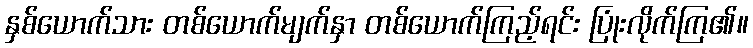
နှစ်ယောက်သား တစ်ယောက်မျက်နှာ တစ်ယောက်ကြည့်ရင်း ပြုံးလိုက်ကြ၏။